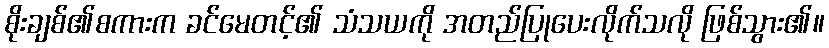
စိုးချစ်၏စကားက ခင်မေတင့်၏ သံသယကို အတည်ပြုပေးလိုက်သလို ဖြစ်သွား၏။